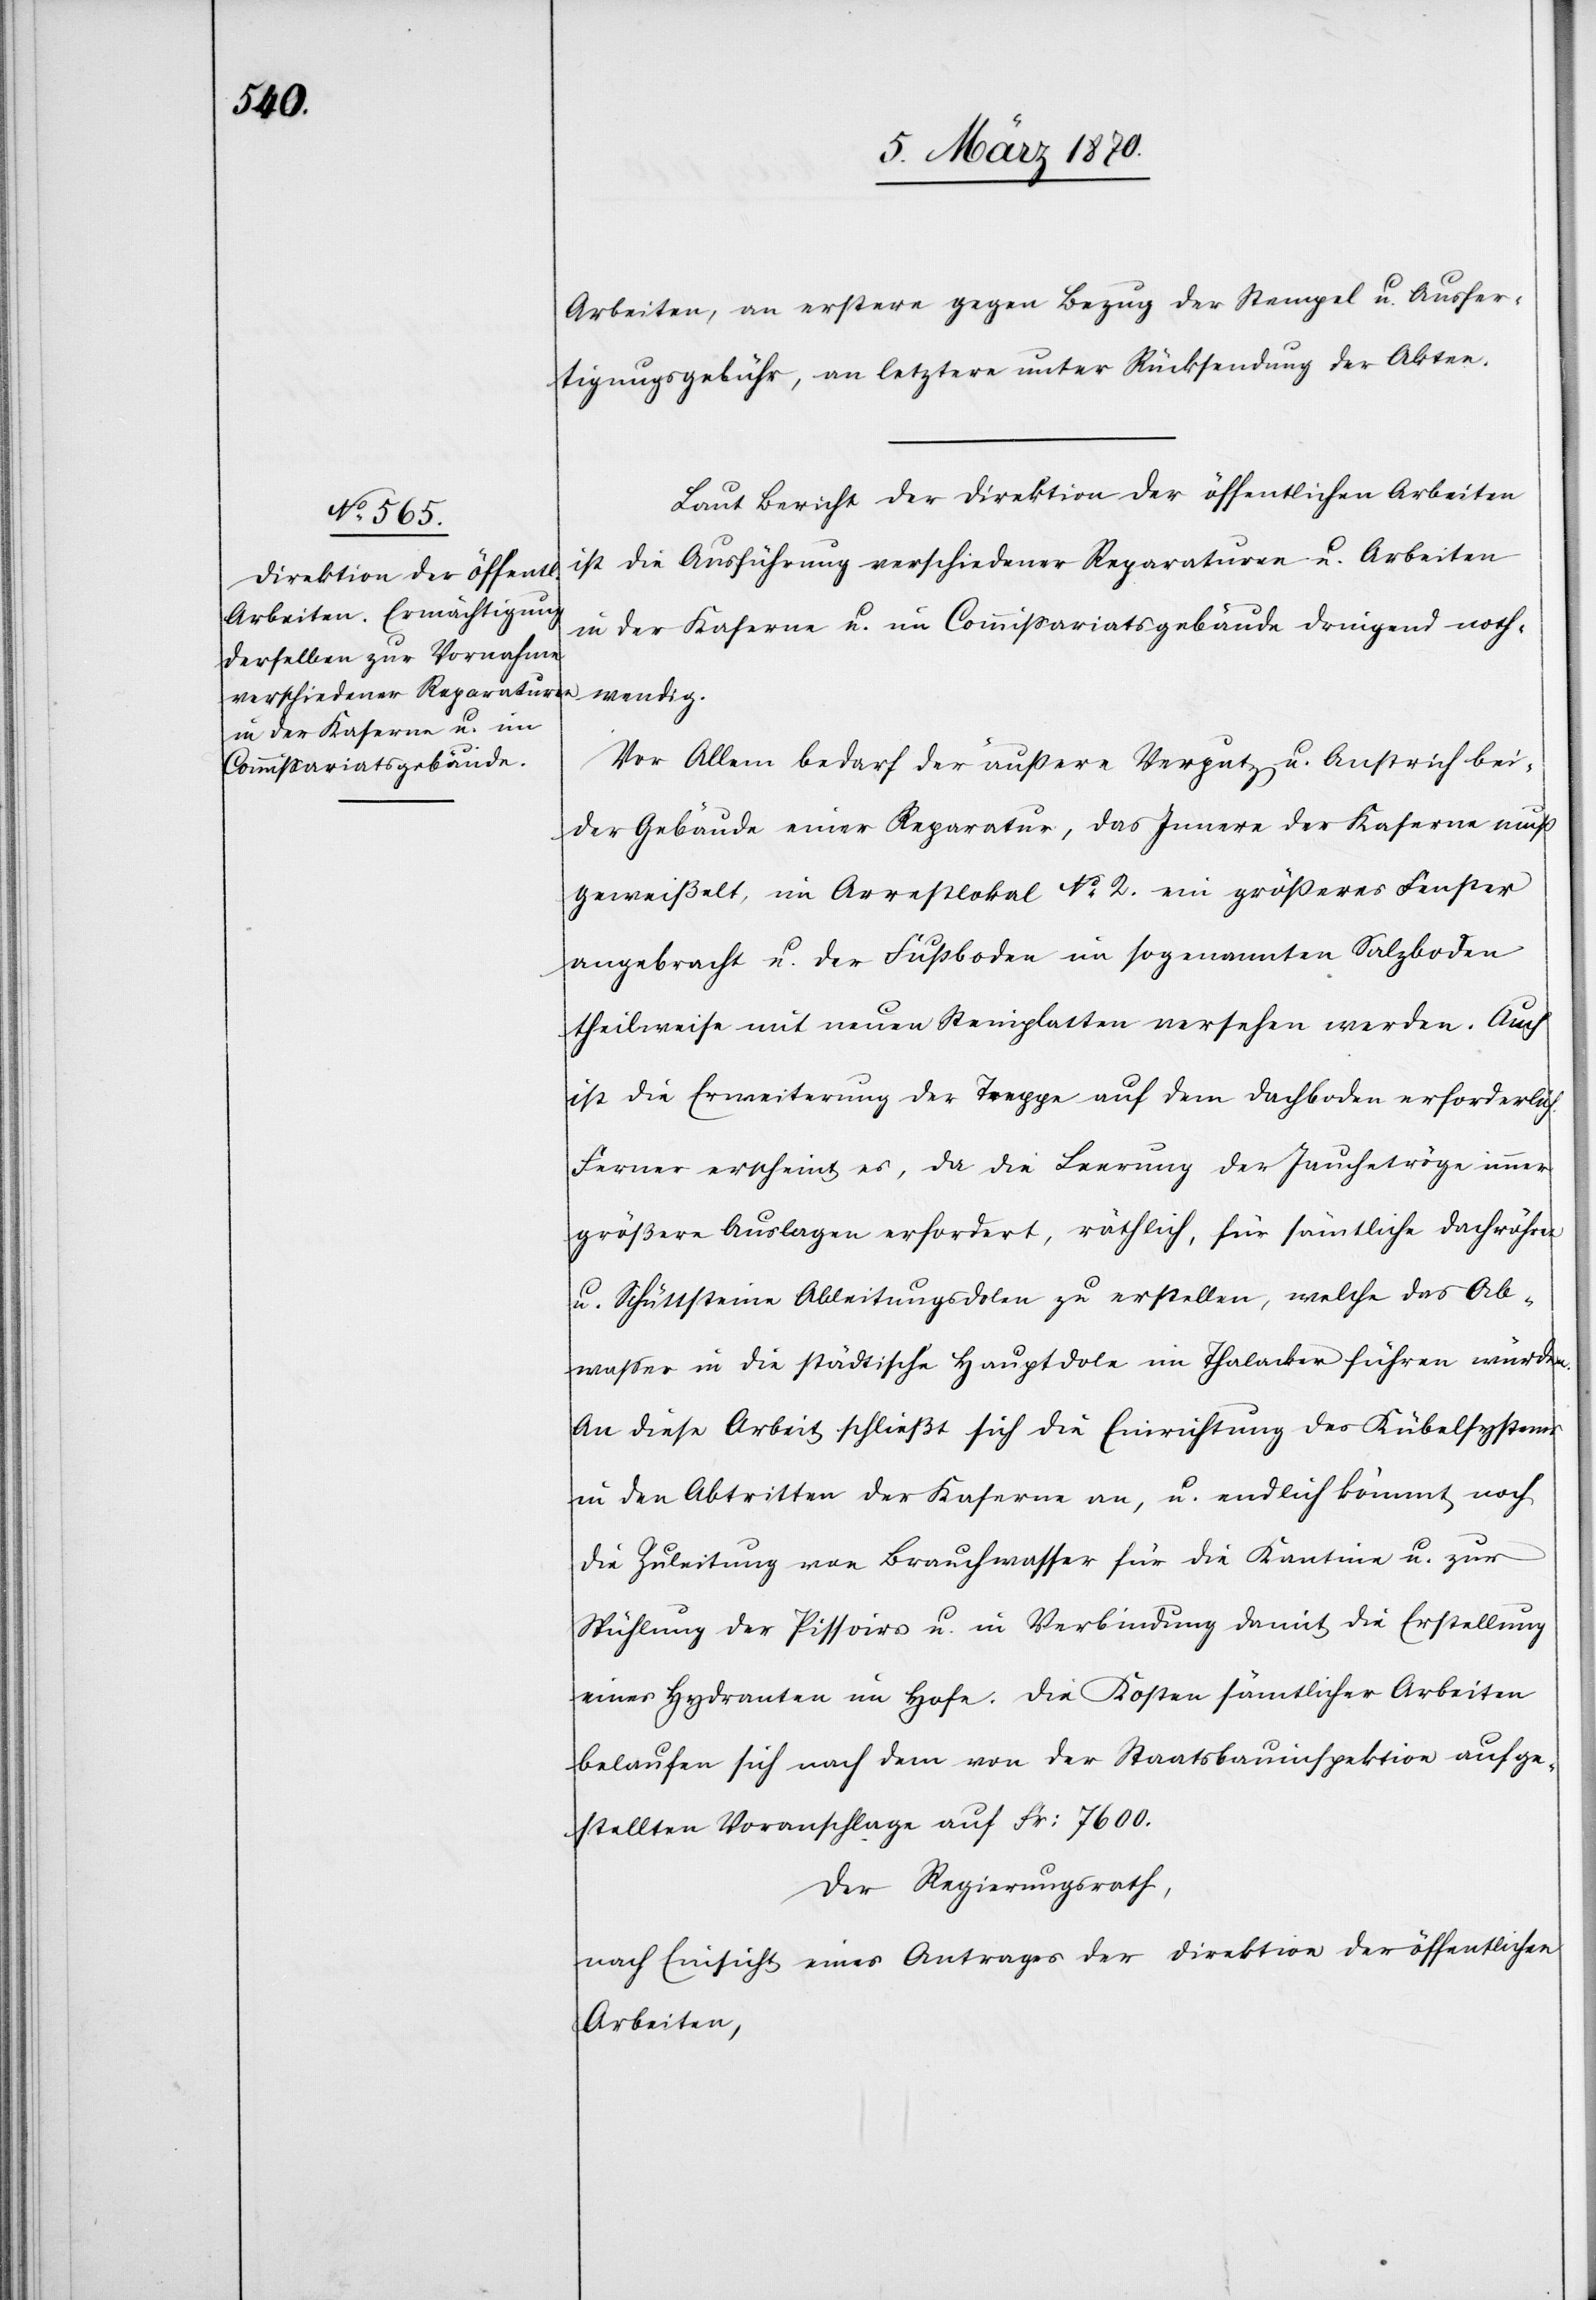
wendig.
Arbeiten, an erstere gegen Bezug der Stempel u. Ausfer¬
tigungsgebühr, an letztere unter Rücksendung der Akten.
Laut Bericht der Direktion der öffentlichen Arbeiten
ist die Ausführung verschiedener Reparaturen u. Arbeiten
in der Kaserne u. im Commissariatsgebäude dringend noth¬
Vor Allem bedarf der äußere Verputz u. Anstrich bei¬
der Gebäude einer Reparatur, das Innere der Kaserne muß
geweißelt, im Arrestlokal No. 2. ein größeres Fenster
angebracht u. der Fußboden im sogenannten Salzboden
theilweise mit neuen Steinplatten versehen werden. Auch
ist die Erweiterung der Treppe auf den Dachboden erforderlich.
Ferner erscheint es, da die Leerung der Jauchetröge immer
größere Auslagen erfordert, räthlich, für sämtliche Dachröhren
u. Schüttsteine Ableitungsdolen zu erstellen, welche das Ab¬
wasser in die städtische Hauptdole im Thalacker führen würde¬
n diese Arbeit schließt sich die Einrichtung des Kübelsystems
in den Abtritten der Kaserne an, u. endlich kömmt noch
die Zuleitung von Brauchwasser für die Kantine u. zur
Spühlung der Pissoirs u. in Verbindung damit die Erstellung
eines Hydranten im Hofe. Die Kosten sämtlicher Arbeiten
belaufen sich nach dem von der Staatsbauinspektion aufge¬
stellten Voranschlage auf Fr: 7600.
Der Regierungsrath,
nach Einsicht eines Antrages der Direktion der öffentlichen
Arbeiten,